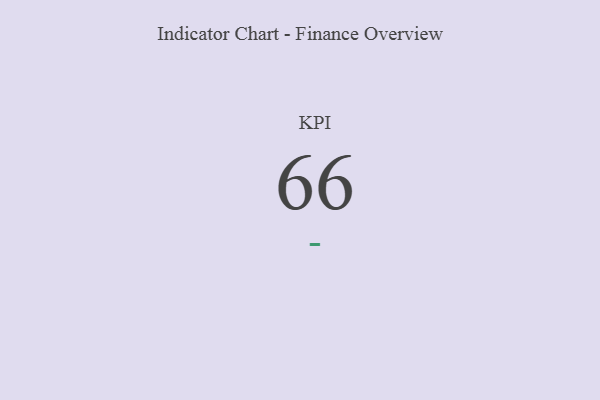
{"axis": {"x": "KPI", "y": "Value"}, "legend": [""], "data": [{"x": "KPI", "y": 66, "type": ""}]}